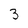
Character: 3